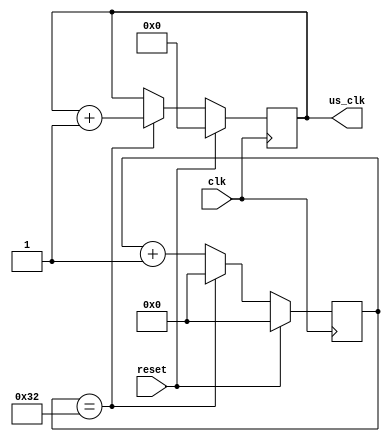
// us.v --- microsecond clock

`timescale 1ns/1ps
`default_nettype none

module us(/*AUTOARG*/
   // Outputs
   us_clk,
   // Inputs
   clk, reset
   );

   parameter
     SYS_CLK = 26'd50000000,
     US_CLK_RATE = 26'd1000000,
     US_CLK_DIV = SYS_CLK / US_CLK_RATE;

   input clk;
   input reset;

   output [31:0] us_clk;

   ////////////////////////////////////////////////////////////////////////////////

   /*AUTOWIRE*/
   /*AUTOREG*/
   // Beginning of automatic regs (for this module's undeclared outputs)
   reg [31:0]		us_clk;
   // End of automatics

   ////////////////////////////////////////////////////////////////////////////////

   reg [7:0] us_counter;
   wire [25:0] us_clk_div;

   assign us_clk_div = US_CLK_DIV;

   always @(posedge clk)
     if (reset) begin
	/*AUTORESET*/
	// Beginning of autoreset for uninitialized flops
	us_clk <= 32'h0;
	us_counter <= 8'h0;
	// End of automatics
     end else if (us_counter == us_clk_div[7:0]) begin
	us_counter <= 0;
	us_clk <= us_clk + 1;
     end else
       us_counter <= us_counter + 8'd1;

endmodule

`default_nettype wire

// Local Variables:
// verilog-library-directories: (".")
// End: